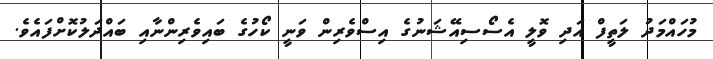
މުހައްމަދު ލަތީފް އަދި ވޮލީ އެސޯސިއޭޝަނުގެ އިސްވެރިން ވަނީ ކޯހުގެ ބައިވެރިންނާއި ބައްދަލުކޮށްފައެވެ.